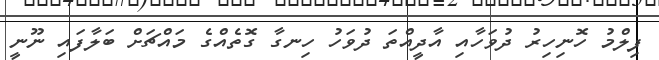
ފިލްމު ހޮނިހިރު ދުވަހާއި އާދީއްތަ ދުވަހު ހިނގާ ގޮތެއްގެ މައްޗަށް ބަލާފައި ނޫނީ